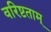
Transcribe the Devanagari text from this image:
वरिष्टताम्